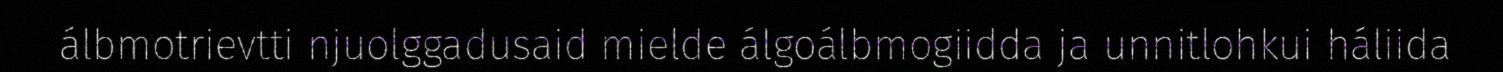
álbmotrievtti njuolggadusaid mielde álgoálbmogiidda ja unnitlohkui háliida